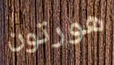
هورتون